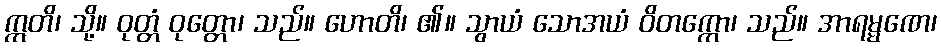
ဣတိ၊ သို့။ ဝုတ္တံ ဝုတ္တော၊ သည်။ ဟောတိ၊ ၏။ သွာယံ သောအယံ ဝိတက္ကော၊ သည်။ အာရမ္မဏေ၊